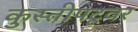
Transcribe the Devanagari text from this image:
कुस्तीपटूवर